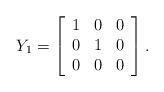
LaTeX: \begin{align*}Y_1 = \left[ \begin{array}{rrr} 1 & 0 & 0 \\ 0 & 1 & 0 \\ 0 & 0 & 0 \end{array} \right].\end{align*}